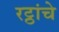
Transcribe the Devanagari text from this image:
रट्ठांचे